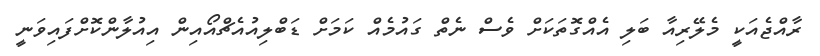
ރާއްޖެއަކީ މެލޭރިއާ ބަލި އެއްގޮތަކަށް ވެސް ނެތް ގައުމެއް ކަމަށް ޑަބްލިއުއެޗްއޯއިން އިއުލާންކޮށްފައިވަނީ